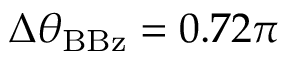
\Delta \theta _ { \mathrm { B B z } } = 0 . 7 2 \pi